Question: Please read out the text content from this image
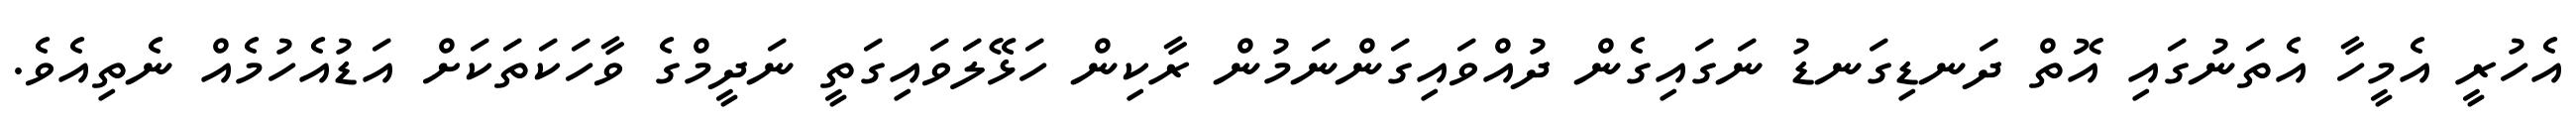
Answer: އެހުރީ އެމީހާ އެތަނުގައި އޮތް ދަނޑިގަނޑު ނަގައިގެން ދުއްވައިގަންނަމުން ރާކިން ހަޅޭލަވައިގަތީ ނަދީމްގެ ވާހަކަތަކަށް އަޑުއެހުމެއް ނެތިއެވެ.